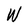
Character: W